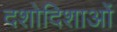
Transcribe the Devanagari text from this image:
दशोदिशाओं